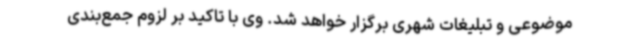
موضوعی و تبلیغات شهری برگزار خواهد شد. وی با تاکید بر لزوم جمع‌بندی